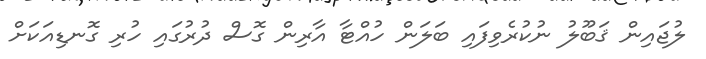
ލުޖައިން ޤަބޫލު ނުކުރެވިފައި ބަލަން ހުއްޓާ އާރިން ގޮސް ދުރުގައި ހުރި ގޮނޑިއަކަށް